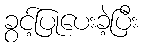
ခွင့်ပြုပေးခဲ့ပြီး